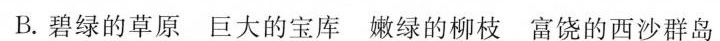
B.碧绿的草原 巨大的宝库 嫩绿的柳枝 富饶的西沙群岛